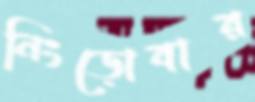
নিংড়োবার